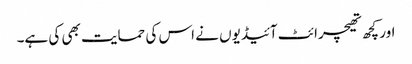
اور کچھ تھیچرائٹ آئیڈیوں نے اس کی حمایت بھی کی ہے۔